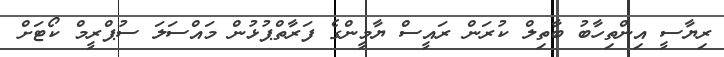
ރިޔާސީ އިންތިހާބު ބާތިލް ކުރަން ރައީސް ޔާމީންގެ ފަރާތްޕުޅުން މައްސަލަ ސުޕްރީމް ކޯޓަށް